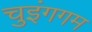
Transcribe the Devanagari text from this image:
चुइंगगम